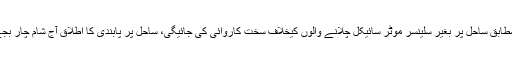
پولیس کے مطابق ساحل پر بغیر سلینسر موٹر سائیکل چلانے والوں کیخلاف سخت کاروائی کی جائیگی، ساحل پر پابندی کا اطلاق آج شام چار بجے سے ہوگا۔